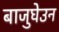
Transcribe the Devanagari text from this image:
बाजुघेउन